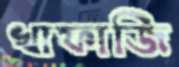
খাফাজি